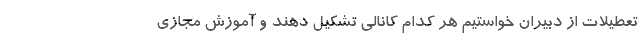
تعطیلات از دبیران خواستیم هر کدام کانالی تشکیل دهند و آموزش مجازی